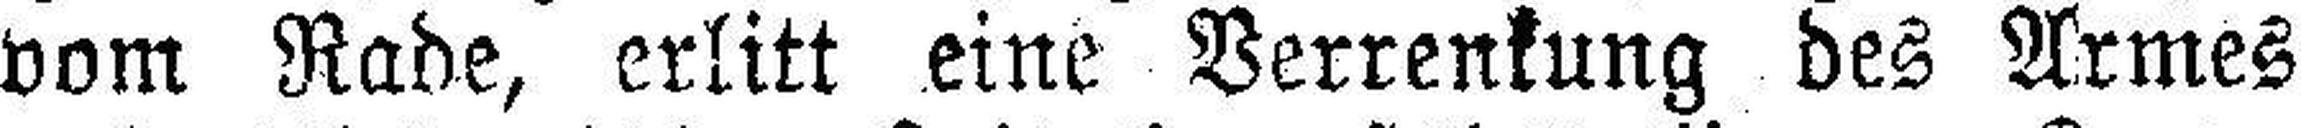
vom Rade, erlitt eine Verrenkung des Armes